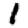
Digit: 1